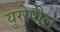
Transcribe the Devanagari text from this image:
युरोपील